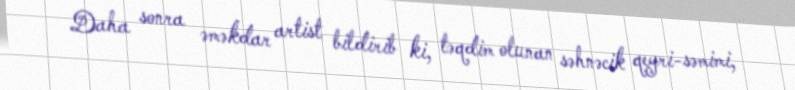
Daha sonra əməkdar artist bildirib ki, təqdim olunan səhnəcik qeyri-səmimi,